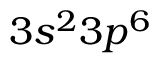
3 s ^ { 2 } 3 p ^ { 6 }